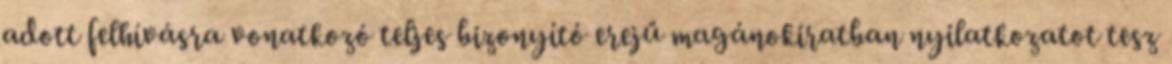
adott felhívásra vonatkozó teljes bizonyító erejű magánokiratban nyilatkozatot tesz